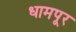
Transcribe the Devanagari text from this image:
धामपूर